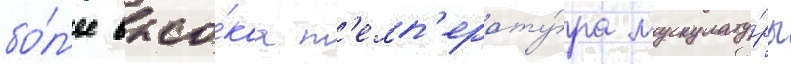
бо́л'ее высо́каа т'емп'ерату́ра мускулату́ры